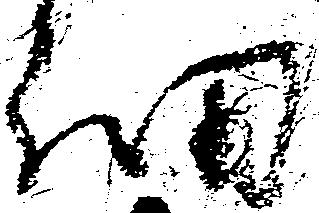
細